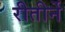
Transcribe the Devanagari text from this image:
रीतीर्ने